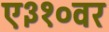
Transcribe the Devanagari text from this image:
ए३१०वर